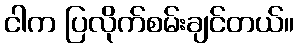
ငါက ပြလိုက်စမ်းချင်တယ်။